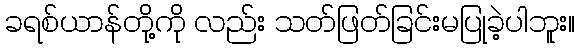
ခရစ်ယာန်တို့ကို လည်း သတ်ဖြတ်ခြင်းမပြုခဲ့ပါဘူး။